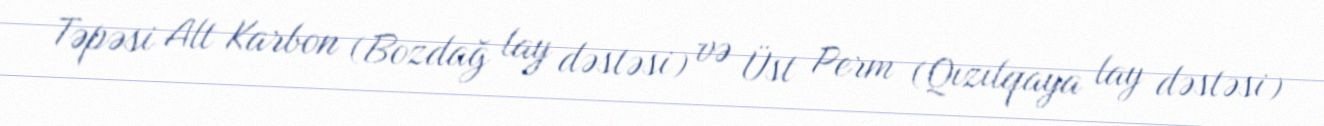
Təpəsi Alt Karbon (Bozdağ lay dəstəsi) və Üst Perm (Qızılqaya lay dəstəsi)